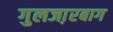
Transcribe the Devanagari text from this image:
गुलजा़रबाग